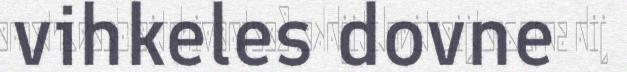
vihkeles dovne